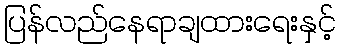
ပြန်လည်နေရာချထားရေးနှင့်